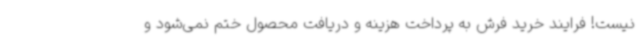
نیست! فرایند خرید فرش به پرداخت هزینه و دریافت محصول ختم نمی‌شود و